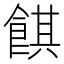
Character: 𱃪